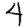
Digit: 4